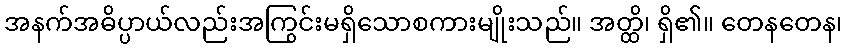
အနက်အဓိပ္ပာယ်လည်းအကြွင်းမရှိသောစကားမျိုးသည်။ အတ္ထိ၊ ရှိ၏။ တေနတေန၊